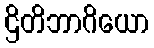
ဌိတိဘာဂိယော